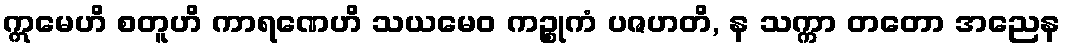
ဣမေဟိ စတူဟိ ကာရဏေဟိ သယမေဝ ကဉ္စုကံ ပဇဟတိ, န သက္ကာ တတော အညေန